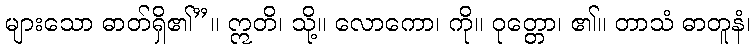
များသော ဓာတ်ရှိ၏”။ ဣတိ၊ သို့။ လောကော၊ ကို။ ဝုတ္တော၊ ၏။ တာသံ ဓာတူနံ၊